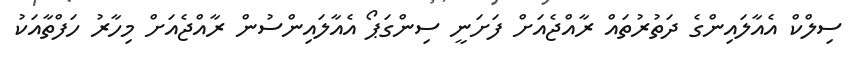
ސިލްކް އެއާލައިންގެ ދަތުރުތައް ރާއްޖެއަށް ފަށަނީ ސިންގަޕޯ އެއާލައިންސުން ރާއްޖެއަށް މިހާރު ހަފްތާއަކު